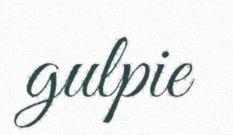
gulpie